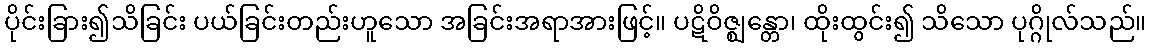
ပိုင်းခြား၍သိခြင်း ပယ်ခြင်းတည်းဟူသော အခြင်းအရာအားဖြင့်။ ပဋိဝိဇ္ဈန္တော၊ ထိုးထွင်း၍ သိသော ပုဂ္ဂိုလ်သည်။